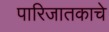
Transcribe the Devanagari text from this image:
पारिजातकाचे